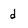
Character: d